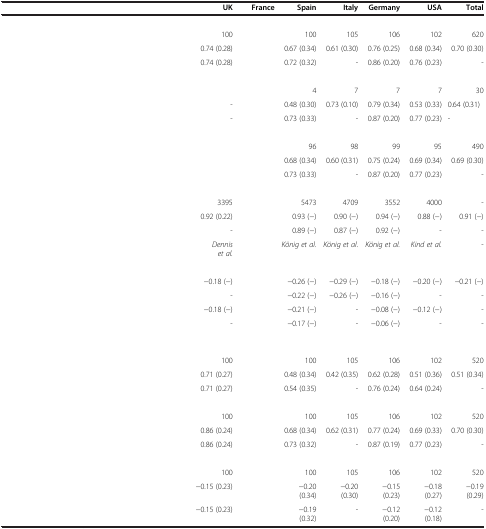
<table><thead><tr><td>[EMPTY_CELL]</td><td>[EMPTY_CELL]</td><td><b>UK</b></td><td><b>France</b></td><td><b>Spain</b></td><td><b>Italy</b></td><td><b>Germany</b></td><td><b>USA</b></td><td><b>Total</b></td></tr></thead><tbody><tr><td colspan="9">[EMPTY_CELL]</td></tr><tr><td>[EMPTY_CELL]</td><td>[EMPTY_CELL]</td><td>100</td><td>[EMPTY_CELL]</td><td>100</td><td>105</td><td>106</td><td>102</td><td>620</td></tr><tr><td>[EMPTY_CELL]</td><td>[EMPTY_CELL]</td><td>0.74 (0.28)</td><td>[EMPTY_CELL]</td><td>0.67 (0.34)</td><td>0.61 (0.30)</td><td>0.76 (0.25)</td><td>0.68 (0.34)</td><td>0.70 (0.30)</td></tr><tr><td>[EMPTY_CELL]</td><td>[EMPTY_CELL]</td><td>0.74 (0.28)</td><td>[EMPTY_CELL]</td><td>0.72 (0.32)</td><td>-</td><td>0.86 (0.20)</td><td>0.76 (0.23)</td><td>-</td></tr><tr><td colspan="9">[EMPTY_CELL]</td></tr><tr><td>[EMPTY_CELL]</td><td>[EMPTY_CELL]</td><td>[EMPTY_CELL]</td><td>[EMPTY_CELL]</td><td>4</td><td>7</td><td>7</td><td>7</td><td>30</td></tr><tr><td>[EMPTY_CELL]</td><td>[EMPTY_CELL]</td><td>-</td><td>[EMPTY_CELL]</td><td>0.48 (0.30)</td><td>0.73 (0.10)</td><td>0.79 (0.34)</td><td>0.53 (0.33)</td><td>0.64 (0.31)</td></tr><tr><td>[EMPTY_CELL]</td><td>[EMPTY_CELL]</td><td>-</td><td>[EMPTY_CELL]</td><td>0.73 (0.33)</td><td>-</td><td>0.87 (0.20)</td><td>0.77 (0.23)</td><td>-</td></tr><tr><td colspan="9">[EMPTY_CELL]</td></tr><tr><td>[EMPTY_CELL]</td><td>[EMPTY_CELL]</td><td>[EMPTY_CELL]</td><td>[EMPTY_CELL]</td><td>96</td><td>98</td><td>99</td><td>95</td><td>490</td></tr><tr><td>[EMPTY_CELL]</td><td>[EMPTY_CELL]</td><td>[EMPTY_CELL]</td><td>[EMPTY_CELL]</td><td>0.68 (0.34)</td><td>0.60 (0.31)</td><td>0.75 (0.24)</td><td>0.69 (0.34)</td><td>0.69 (0.30)</td></tr><tr><td>[EMPTY_CELL]</td><td>[EMPTY_CELL]</td><td>[EMPTY_CELL]</td><td>[EMPTY_CELL]</td><td>0.73 (0.33)</td><td>-</td><td>0.87 (0.20)</td><td>0.77 (0.23)</td><td>-</td></tr><tr><td colspan="9">[EMPTY_CELL]</td></tr><tr><td>[EMPTY_CELL]</td><td>[EMPTY_CELL]</td><td>3395</td><td>[EMPTY_CELL]</td><td>5473</td><td>4709</td><td>3552</td><td>4000</td><td>-</td></tr><tr><td>[EMPTY_CELL]</td><td>[EMPTY_CELL]</td><td>0.92 (0.22)</td><td>[EMPTY_CELL]</td><td>0.93 (−)</td><td>0.90 (−)</td><td>0.94 (−)</td><td>0.88 (−)</td><td>0.91 (−)</td></tr><tr><td>[EMPTY_CELL]</td><td>[EMPTY_CELL]</td><td>-</td><td>[EMPTY_CELL]</td><td>0.89 (−)</td><td>0.87 (−)</td><td>0.92 (−)</td><td>-</td><td>-</td></tr><tr><td>[EMPTY_CELL]</td><td>[EMPTY_CELL]</td><td><i>Dennis et al.</i></td><td>[EMPTY_CELL]</td><td><i>König et al.</i></td><td><i>König et al.</i></td><td><i>König et al.</i></td><td><i>Kind et al.</i></td><td>-</td></tr><tr><td>[EMPTY_CELL]</td><td>[EMPTY_CELL]</td><td>[EMPTY_CELL]</td><td>[EMPTY_CELL]</td><td>[EMPTY_CELL]</td><td>[EMPTY_CELL]</td><td>[EMPTY_CELL]</td><td>[EMPTY_CELL]</td><td>[EMPTY_CELL]</td></tr><tr><td>[EMPTY_CELL]</td><td>[EMPTY_CELL]</td><td>−0.18 (−)</td><td>[EMPTY_CELL]</td><td>−0.26 (−)</td><td>−0.29 (−)</td><td>−0.18 (−)</td><td>−0.20 (−)</td><td>−0.21 (−)</td></tr><tr><td>[EMPTY_CELL]</td><td>[EMPTY_CELL]</td><td>-</td><td>[EMPTY_CELL]</td><td>−0.22 (−)</td><td>−0.26 (−)</td><td>−0.16 (−)</td><td>-</td><td>-</td></tr><tr><td>[EMPTY_CELL]</td><td>[EMPTY_CELL]</td><td>−0.18 (−)</td><td>[EMPTY_CELL]</td><td>−0.21 (−)</td><td>-</td><td>−0.08 (−)</td><td>−0.12 (−)</td><td>-</td></tr><tr><td>[EMPTY_CELL]</td><td>[EMPTY_CELL]</td><td>-</td><td>[EMPTY_CELL]</td><td>−0.17 (−)</td><td>-</td><td>−0.06 (−)</td><td>-</td><td>-</td></tr><tr><td colspan="9">[EMPTY_CELL]</td></tr><tr><td>[EMPTY_CELL]</td><td>[EMPTY_CELL]</td><td>100</td><td>[EMPTY_CELL]</td><td>100</td><td>105</td><td>106</td><td>102</td><td>520</td></tr><tr><td>[EMPTY_CELL]</td><td>[EMPTY_CELL]</td><td>0.71 (0.27)</td><td>[EMPTY_CELL]</td><td>0.48 (0.34)</td><td>0.42 (0.35)</td><td>0.62 (0.28)</td><td>0.51 (0.36)</td><td>0.51 (0.34)</td></tr><tr><td>[EMPTY_CELL]</td><td>[EMPTY_CELL]</td><td>0.71 (0.27)</td><td>[EMPTY_CELL]</td><td>0.54 (0.35)</td><td>-</td><td>0.76 (0.24)</td><td>0.64 (0.24)</td><td>-</td></tr><tr><td colspan="9">[EMPTY_CELL]</td></tr><tr><td>[EMPTY_CELL]</td><td>[EMPTY_CELL]</td><td>100</td><td>[EMPTY_CELL]</td><td>100</td><td>105</td><td>106</td><td>102</td><td>520</td></tr><tr><td>[EMPTY_CELL]</td><td>[EMPTY_CELL]</td><td>0.86 (0.24)</td><td>[EMPTY_CELL]</td><td>0.68 (0.34)</td><td>0.62 (0.31)</td><td>0.77 (0.24)</td><td>0.69 (0.33)</td><td>0.70 (0.30)</td></tr><tr><td>[EMPTY_CELL]</td><td>[EMPTY_CELL]</td><td>0.86 (0.24)</td><td>[EMPTY_CELL]</td><td>0.73 (0.32)</td><td>-</td><td>0.87 (0.19)</td><td>0.77 (0.23)</td><td>-</td></tr><tr><td colspan="9">[EMPTY_CELL]</td></tr><tr><td>[EMPTY_CELL]</td><td>[EMPTY_CELL]</td><td>100</td><td>[EMPTY_CELL]</td><td>100</td><td>105</td><td>106</td><td>102</td><td>520</td></tr><tr><td>[EMPTY_CELL]</td><td>[EMPTY_CELL]</td><td>−0.15 (0.23)</td><td>[EMPTY_CELL]</td><td>−0.20 (0.34)</td><td>−0.20 (0.30)</td><td>−0.15 (0.23)</td><td>−0.18 (0.27)</td><td>−0.19 (0.29)</td></tr><tr><td>[EMPTY_CELL]</td><td>[EMPTY_CELL]</td><td>−0.15 (0.23)</td><td>[EMPTY_CELL]</td><td>−0.19 (0.32)</td><td>-</td><td>−0.12 (0.20)</td><td>−0.12 (0.18)</td><td>-</td></tr></tbody></table>